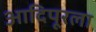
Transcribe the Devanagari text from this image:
आदिपूरला